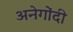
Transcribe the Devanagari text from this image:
अनेगोंदी